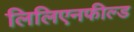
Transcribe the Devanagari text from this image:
लिलिएनफील्ड